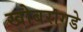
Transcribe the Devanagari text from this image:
खोबरागडे